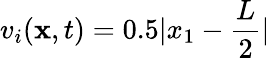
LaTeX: v_{i}(\mathbf{x},t)=0.5|x_{1}-\frac{L}{2}|